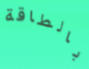
بالطاقة